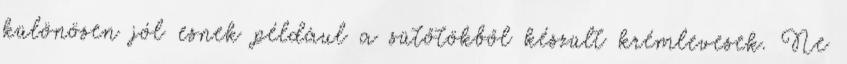
különösen jól esnek például a sütőtökből készült krémlevesek. Ne